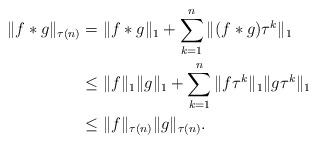
LaTeX: \begin{align*}\|f\ast g\|_{\tau(n)}&=\|f\ast g\|_{1}+\sum_{k=1}^{n}\|(f\ast g)\tau^{k}\|_{1}\\&\leq \|f\|_{1}\|g\|_{1}+\sum_{k=1}^{n}\|f\tau^{k}\|_{1}\|g\tau^{k}\|_{1}\\&\leq \|f\|_{\tau(n)}\|g\|_{\tau(n)}.\end{align*}